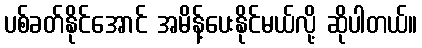
ပစ်ခတ်နိုင်အောင် အမိန့်ပေးနိုင်မယ်လို့ ဆိုပါတယ်။